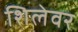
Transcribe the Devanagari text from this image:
शिलेवर